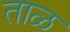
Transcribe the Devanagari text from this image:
ताळ